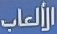
الألعاب